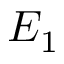
E _ { 1 }